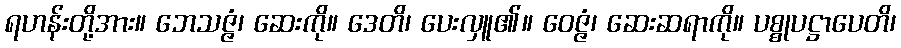
ရဟန်းတို့အား။ ဘေသဇ္ဇံ၊ ဆေးကို။ ဒေတိ၊ ပေးလှူ၏။ ဝေဇ္ဇံ၊ ဆေးဆရာကို။ ပစ္စုပဋ္ဌာပေတိ၊